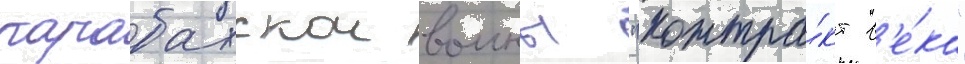
карабахскои воины "контра́кт в'е́ка"